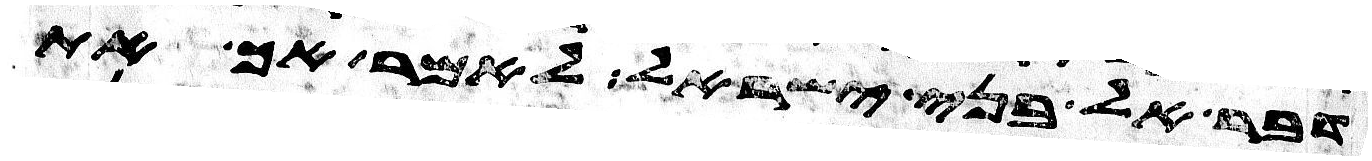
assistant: דבר אל בני ישראל לאמר אך את